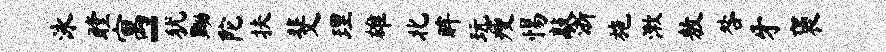
泳瞠寓-犹黝陀扶斐理雄北眸玩瘦惕敲浙施漱敖咎牙褒